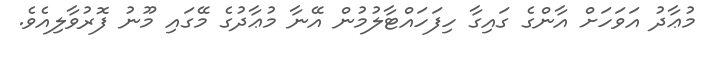
މުޢާދު އަވަހަށް އާންގެ ގައިގާ ހިފަހައްޓާލުމުން އޭނާ މުޢާދުގެ މޭގައި މޫނު ފޮރުވާލިއެވެ.